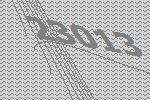
23013